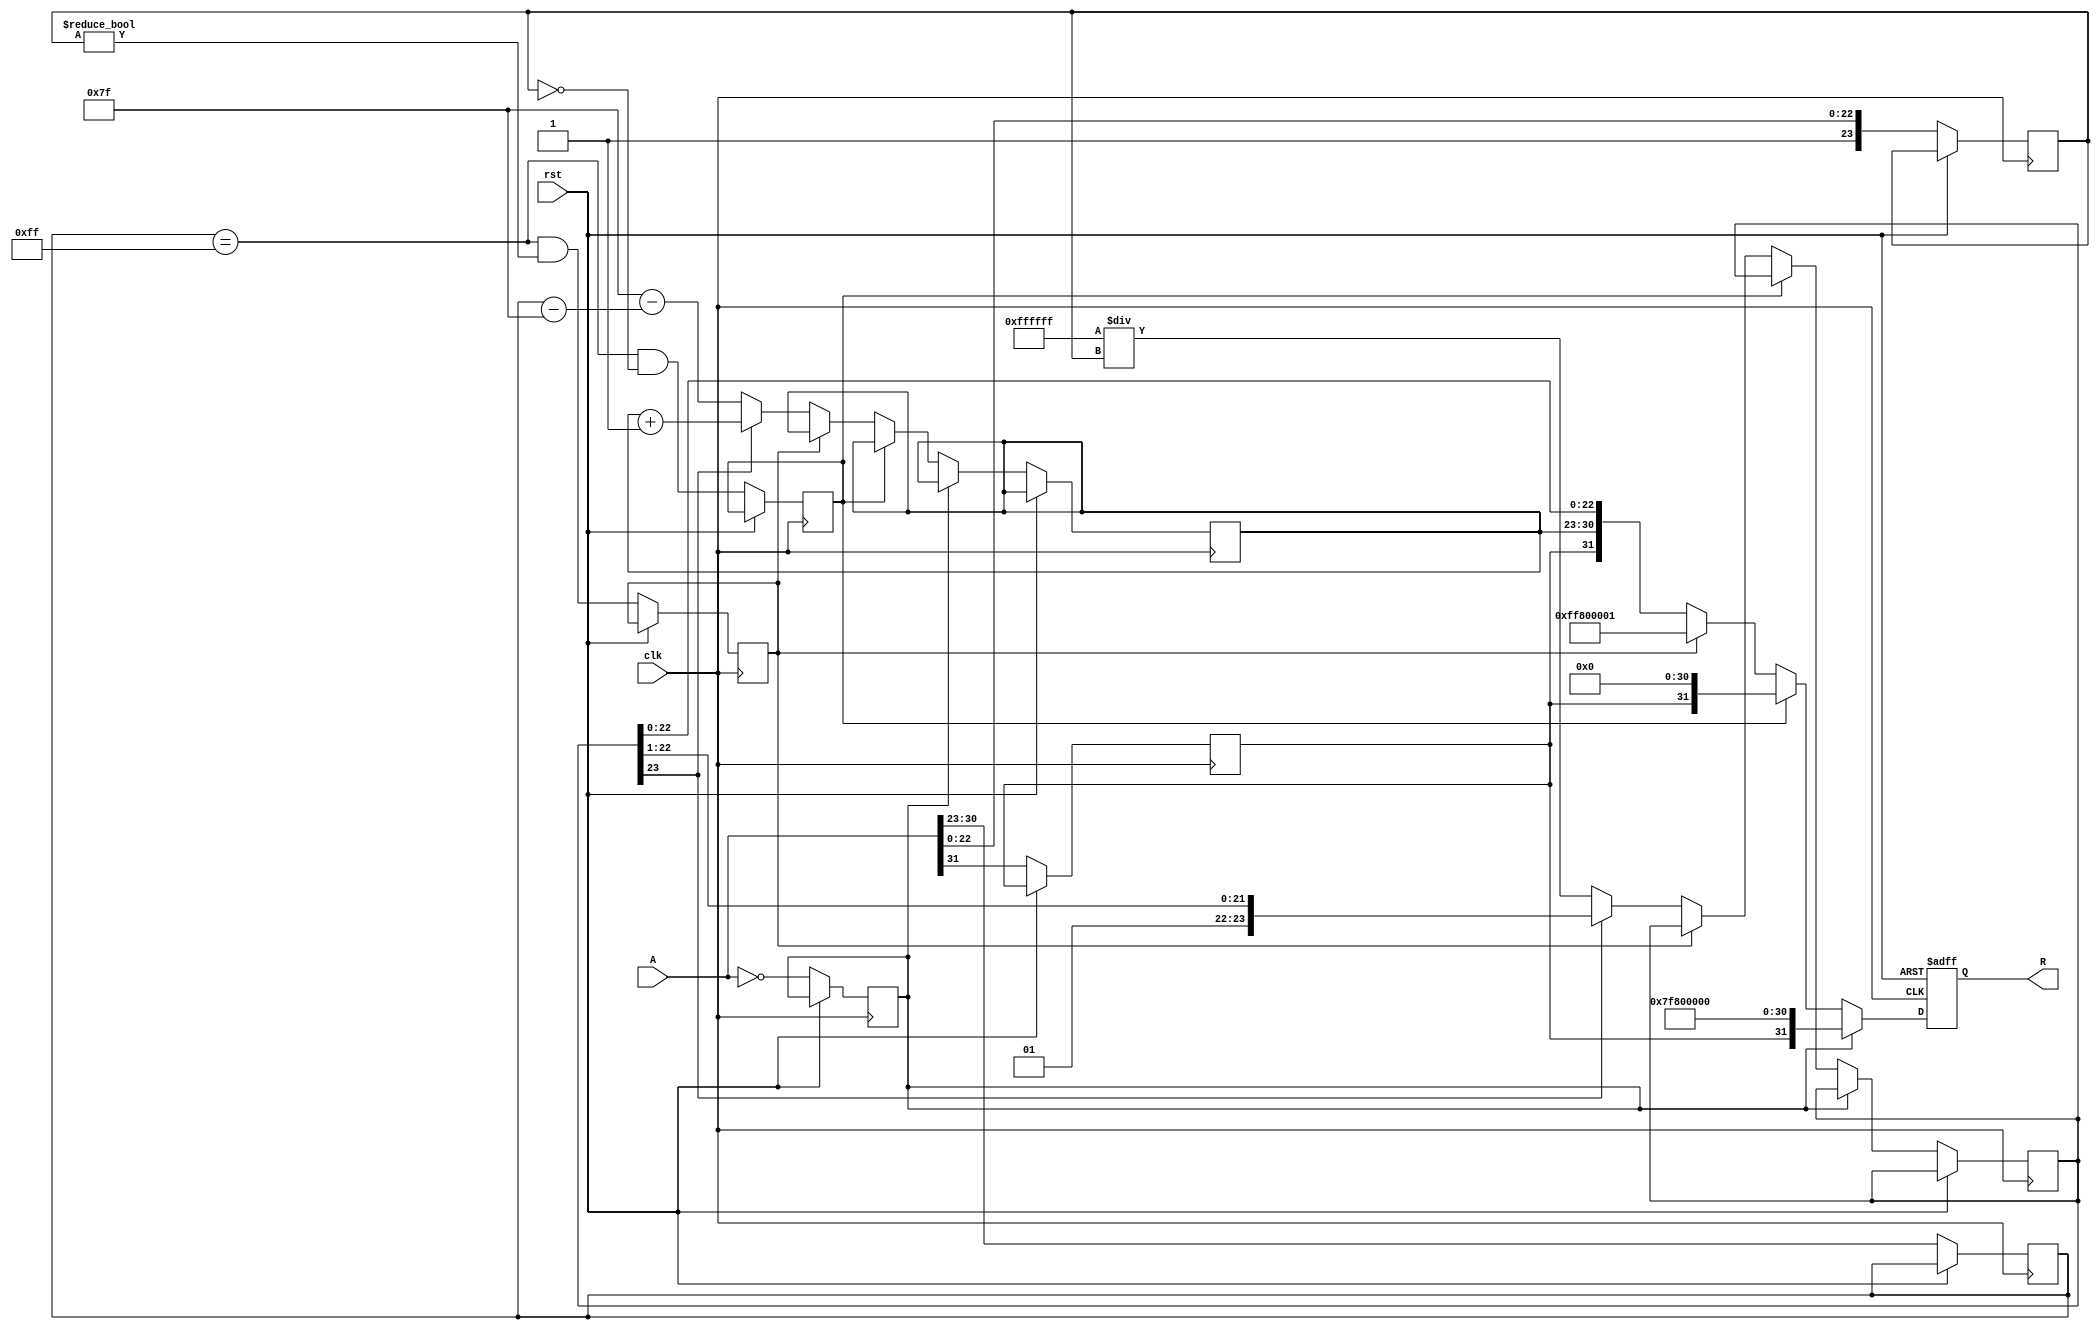
module floating_point_reciprocal (
    input wire [31:0] A, // Input floating-point number (IEEE 754 single precision)
    output reg [31:0] R, // Output floating-point reciprocal
    input wire clk,
    input wire rst
);

    // Constants for IEEE 754 single precision
    localparam EXPONENT_BIAS = 8'd127;
    localparam EXPONENT_MAX = 8'd255;
    localparam EXPONENT_MIN = 8'd1;
    
    // Internal signals
    reg [7:0] exponent;
    reg [23:0] mantissa;
    reg sign;
    reg [7:0] new_exponent;
    reg [23:0] new_mantissa;
    reg is_zero, is_infinity, is_nan;
    
    always @(posedge clk or posedge rst) begin
        if (rst) begin
            R <= 32'b0;
        end else begin
            // Extract sign, exponent, and mantissa from input A
            sign <= A[31];
            exponent <= A[30:23];
            mantissa <= {1'b1, A[22:0]}; // Implicit leading 1 for normalized numbers
            
            // Check for special cases
            is_zero <= (A == 32'b0);
            is_infinity <= (exponent == EXPONENT_MAX && mantissa == 24'b0);
            is_nan <= (exponent == EXPONENT_MAX && mantissa != 24'b0);
            
            if (is_zero) begin
                // If input is zero, output is infinity with the same sign
                R <= {sign, EXPONENT_MAX, 23'b0}; // Infinity
            end else if (is_infinity) begin
                // If input is infinity, output is zero
                R <= {sign, 8'b0, 23'b0}; // Zero
            end else if (is_nan) begin
                // If input is NaN, output is NaN
                R <= {1'b1, EXPONENT_MAX, 23'b1}; // NaN
            end else begin
                // Normal case: Calculate reciprocal
                // Calculate new exponent
                new_exponent <= EXPONENT_BIAS - (exponent - EXPONENT_BIAS);
                
                // Initial approximation for mantissa using Newton-Raphson or similar
                // Here we use a simple approximation for demonstration
                new_mantissa <= (24'hFFFFFF / mantissa); // Rough approximation
                
                // Rounding (basic rounding, can be improved)
                if (new_mantissa[23]) begin
                    new_mantissa <= new_mantissa >> 1; // Right shift if overflow
                    new_exponent <= new_exponent + 1; // Adjust exponent
                end
                
                // Assemble the output
                R <= {sign, new_exponent, new_mantissa[22:0]}; // Pack sign, exponent, mantissa
            end
        end
    end
endmodule